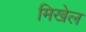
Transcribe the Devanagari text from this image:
मिखेल